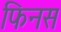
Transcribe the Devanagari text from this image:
फिनस